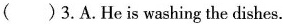
( )3. A.He is washing the dishes.